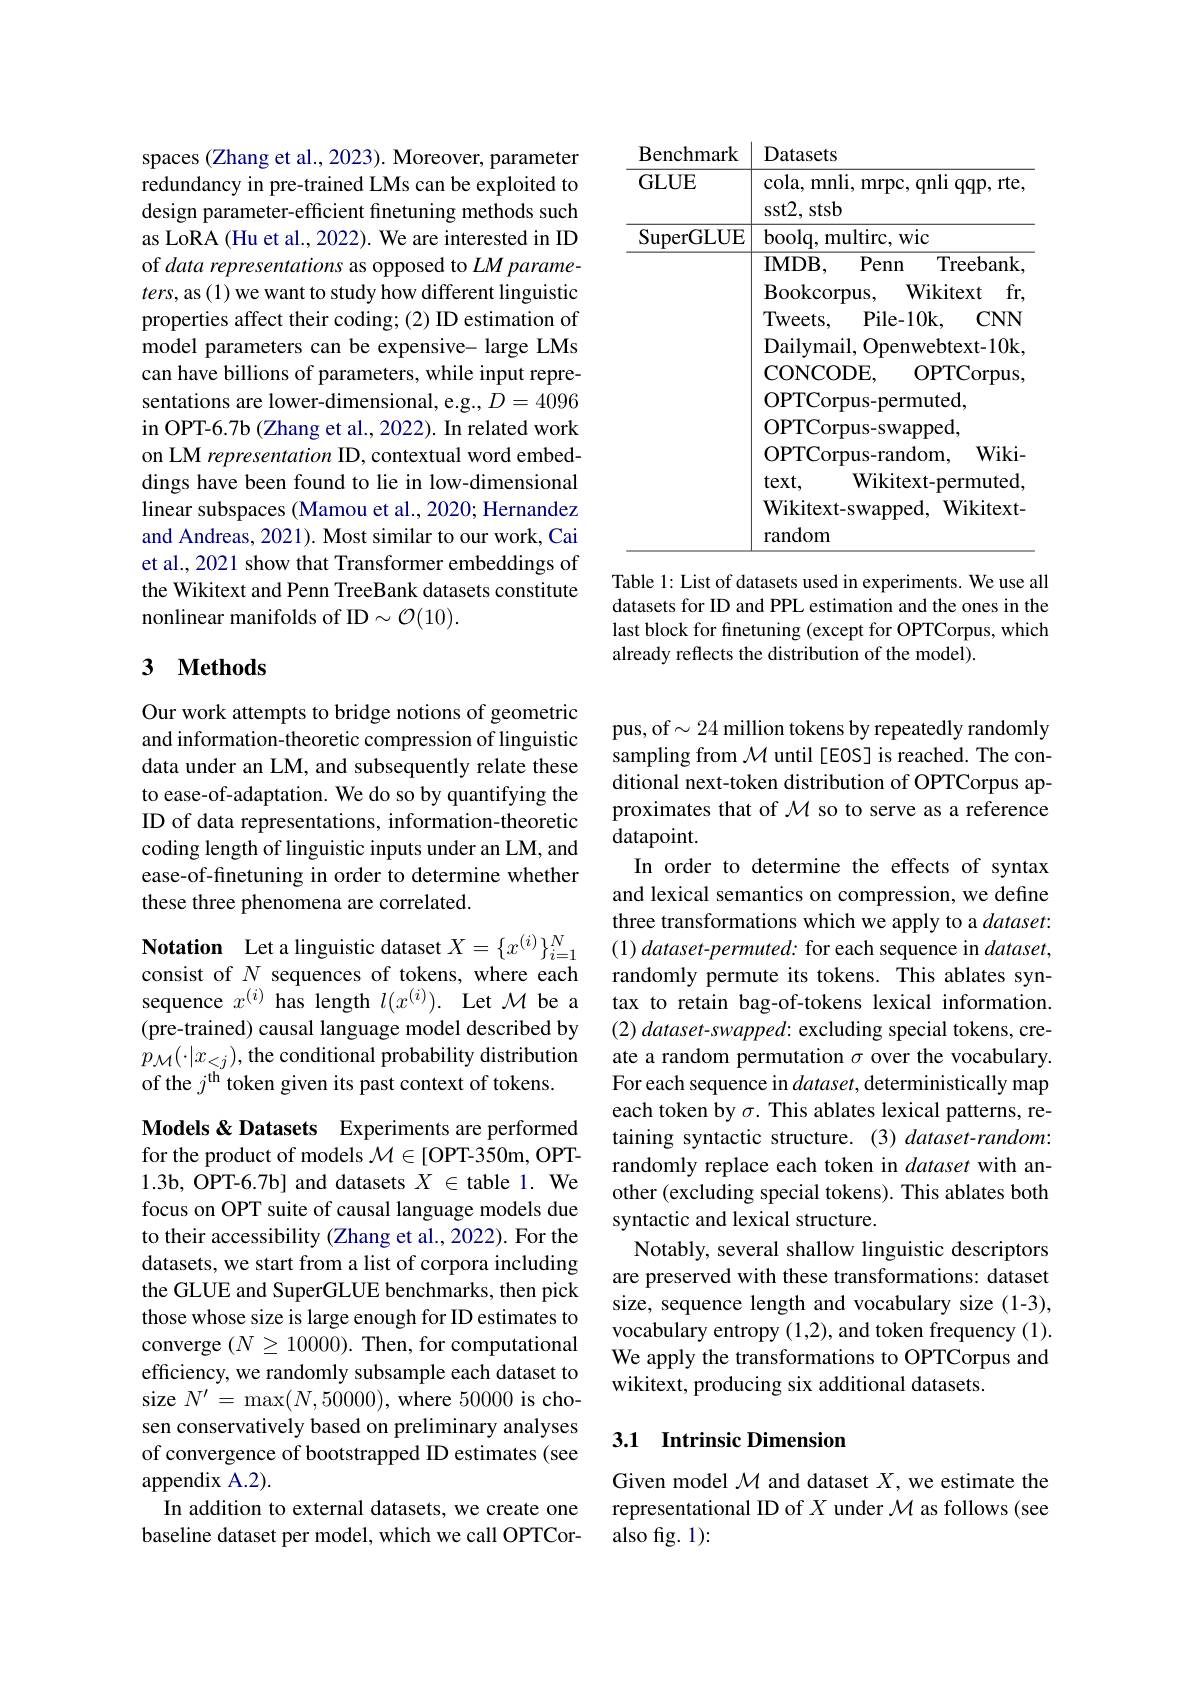
spaces (Zhang et al., 2023). Moreover, parameter redundancy in pre-trained LMs can be exploited to design parameter-efficient finetuning methods such as LoRA (Hu et al., 2022). We are interested in ID of data representations as opposed to LM parameters, as (1) we want to study how different linguistic properties affect their coding; (2) ID estimation of model parameters can be expensive- large LMs can have billions of parameters, while input representations are lower-dimensional, e.g., $D=4096$ in OPT-6.7b (Zhang et al., 2022). In related work on LM representation ID, contextual word embeddings have been found to lie in low-dimensional linear subspaces (Mamou et al., 2020; Hernandez and Andreas, 2021). Most similar to our work, Cai et al., 2021 show that Transformer embeddings of the Wikitext and Penn TreeBank datasets constitute nonlinear manifolds of ID$\sim\mathcal{O}(10).$

## 3 $\textbf{Methods}$

Our work attempts to bridge notions of geometric and information-theoretic compression of linguistic data under an LM, and subsequently relate these to ease-of-adaptation. We do so by quantifying the ID of data representations, information-theoretic coding length of linguistic inputs under an LM, and ease-of-finetuning in order to determine whether these three phenomena are correlated.

Notation Let a linguistic dataset $X=\{x^{(i)}\}_{i=1}^N$ consist of $N$ sequences of tokens, where each sequence $x^{(i)}$ has length $l(x^{(i)}).$ Let $\mathcal{M}$ be a (pre-trained) causal language model described by $p_{\mathcal{M}}(\cdot|x_{<j})$, the conditional probability distribution of the $j^\mathrm{th}$ token given its past context of tokens.

Models & Datasets Experiments are performed for the product of models $\mathcal{M}\in[$OPT-350m, OPT- 1.3b, OPT-6.7b] and datasets $X\in$ table 1. We focus on OPT suite of causal language models due to their accessibility (Zhang et al., 2022). For the datasets, we start from a list of corpora including the GLUE and SuperGLUE benchmarks, then pick those whose size is large enough for ID estimates to converge $(N\geq10000).$ Then, for computational efficiency, we randomly subsample each dataset to size $N^{\prime}=\max(N,50000)$, where 50000 is chosen conservatively based on preliminary analyses of convergence of bootstrapped ID estimates (see appendix A.2)
In addition to external datasets, we create one baseline dataset per model, which we call OPTCor-

<table>
	<tbody>
		<tr>
			<th>Benchmark</th>
			<th>Datasets</th>
		</tr>
		<tr>
			<td>GLUE</td>
			<td>cola, mnli, mrpc, qnli qqp, rte sst2, stsb</td>
		</tr>
		<tr>
			<td>$\operatorname{SuperGLUE}$</td>
			<td>$\textbf{L}$ sst2, stsb boolq, multirc, wic IMDB, Penn Treebank : fr Bookcorpus, Wikitext Tweets, Pile- 10k, ( $CNN$ Dailymail, Openwebtext- 10k CONCODE, OPTCorpus OPTCorpus- permuted, OPTCorpus- swapped, OPTCorpus- random, $Wiki.$ Wikitext- permuted $text$, Wikitext-swapped, Wikitext- random</td>
		</tr>
	</tbody>
</table>

Table 1: List of datasets used in experiments. We use all datasets for ID and PPL estimation and the ones in the last block for finetuning (except for OPTCorpus, which already reflects the distribution of the model).

pus, of$\sim24$ million tokens by repeatedly randomly sampling from $\mathcal{M}$ until [EOS] is reached. The conditional next-token distribution of OPTCorpus approximates that of $\mathcal{M}$ so to serve as a reference datapoint.
In order to determine the effects of syntax and lexical semantics on compression, we define three transformations which we apply to a $dataset:$ (1) dataset-permuted: for each sequence in dataset, randomly permute its tokens. This ablates syntax to retain bag-of-tokens lexical information. (2) dataset-swapped: excluding special tokens, create a random permutation $\sigma$ over the vocabulary. For each sequence in $dataset$, deterministically map each token by $\sigma.$ This ablates lexical patterns, retaining syntactic structure. (3) dataset-random: randomly replace each token in dataset with another (excluding special tokens). This ablates both syntactic and lexical structure.
Notably, several shallow linguistic descriptors are preserved with these transformations: dataset size, sequence length and vocabulary size (1-3), vocabulary entropy (1,2), and token frequency (1). We apply the transformations to OPTCorpus and wikitext, producing six additional datasets.

### 3.1 Intrinsic Dimension

Given model $\mathcal{M}$ and dataset $X$, we estimate the representational ID of $X$ under $\mathcal{M}$ as follows (see also fig. 1):